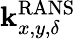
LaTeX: \mathbf{k}_{x,y,\delta}^{\mathrm{RANS}}